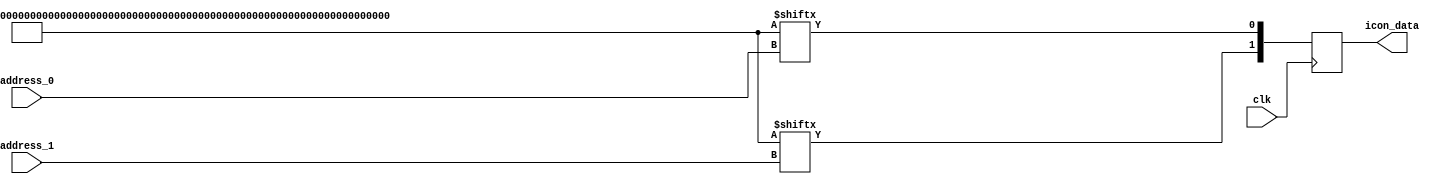
module icon_rom(
    input clk,
    //input [9:0] address,
    input [9:0] address_0,     
    input [9:0] address_1,    
    output reg [1:0] icon_data
    //input enable
   // output reg [7:0] debug_led
    );
    
    
    
    reg [511:0] complete_icon;
    wire [4:0] internal_row_address;
    wire [9:0] address; 
    wire [9:0] address_plus1;
    
//    assign internal_row_address = {row_address_0, 1'b0};  //All address locations are 
//                                                        //2 bits somultiply * 2
//    assign address = {icon_number, col_address_0, internal_row_address};
//    assign address_plus1 = address + 1;    
    initial begin//set all data
    
    complete_icon [31:0]    = 32'b0000000000000000000000000000000000000000000000000000000000000000;
    complete_icon [63:32]   = 32'b0000000000000010100000000000000000000000000000000000000000000000;
    complete_icon [95:64]   = 32'b0000000000001011111000000000000000000000000000101010101010100000;
    complete_icon [127:96]  = 32'b0000000000101111111110000000000000000000000000001011111111100000;
    complete_icon [159:128] = 32'b0000000010111101011111100000000000000000000000000010010111100000;
    complete_icon [191:160] = 32'b0000001011111101011111111000000000000000000000001011010111100000;
    complete_icon [223:192] = 32'b0000101010101011111010101010000000000000000000101111111011100000;
    complete_icon [255:224] = 32'b0000000000001011111000000000000000000000000010111111100010100000;
    complete_icon [287:256] = 32'b0000000000001011111000000000000000000000001011111110000000100000;
    complete_icon [319:288] = 32'b0000000000001011111000000000000000000000101111111000000000000000;
    complete_icon [351:320] = 32'b0000000000001011111000000000000000000010111111100000000000000000;
    complete_icon [383:352] = 32'b0000000000001011111000000000000000001011111110000000000000000000;
    complete_icon [415:384] = 32'b0000000000001011111000000000000000101111111000000000000000000000;
    complete_icon [447:416] = 32'b0000000000001011111000000000000000001011100000000000000000000000;
    complete_icon [479:448] = 32'b0000000000001010101000000000000000000010000000000000000000000000;
    complete_icon [511:480] = 32'b0000000000000000000000000000000000000000000000000000000000000000;
    
    end
    
    
    always @ (posedge clk) begin
        //if reset
        
        //else not reset
        //if enabled
        icon_data[0]  <= complete_icon [address_0];
        icon_data[1] <= complete_icon [address_1];
        //debug_led [0] <= complete_icon [address];
    end
endmodule